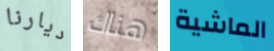
ديارنا هناك الماشية